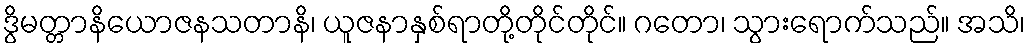
ဒွိမတ္တာနိယောဇနသတာနိ၊ ယူဇနာနှစ်ရာတို့တိုင်တိုင်။ ဂတော၊ သွားရောက်သည်။ အသိ၊